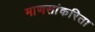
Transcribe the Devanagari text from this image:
माणसांकरिता